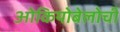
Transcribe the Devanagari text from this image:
ओकियोबेलोची